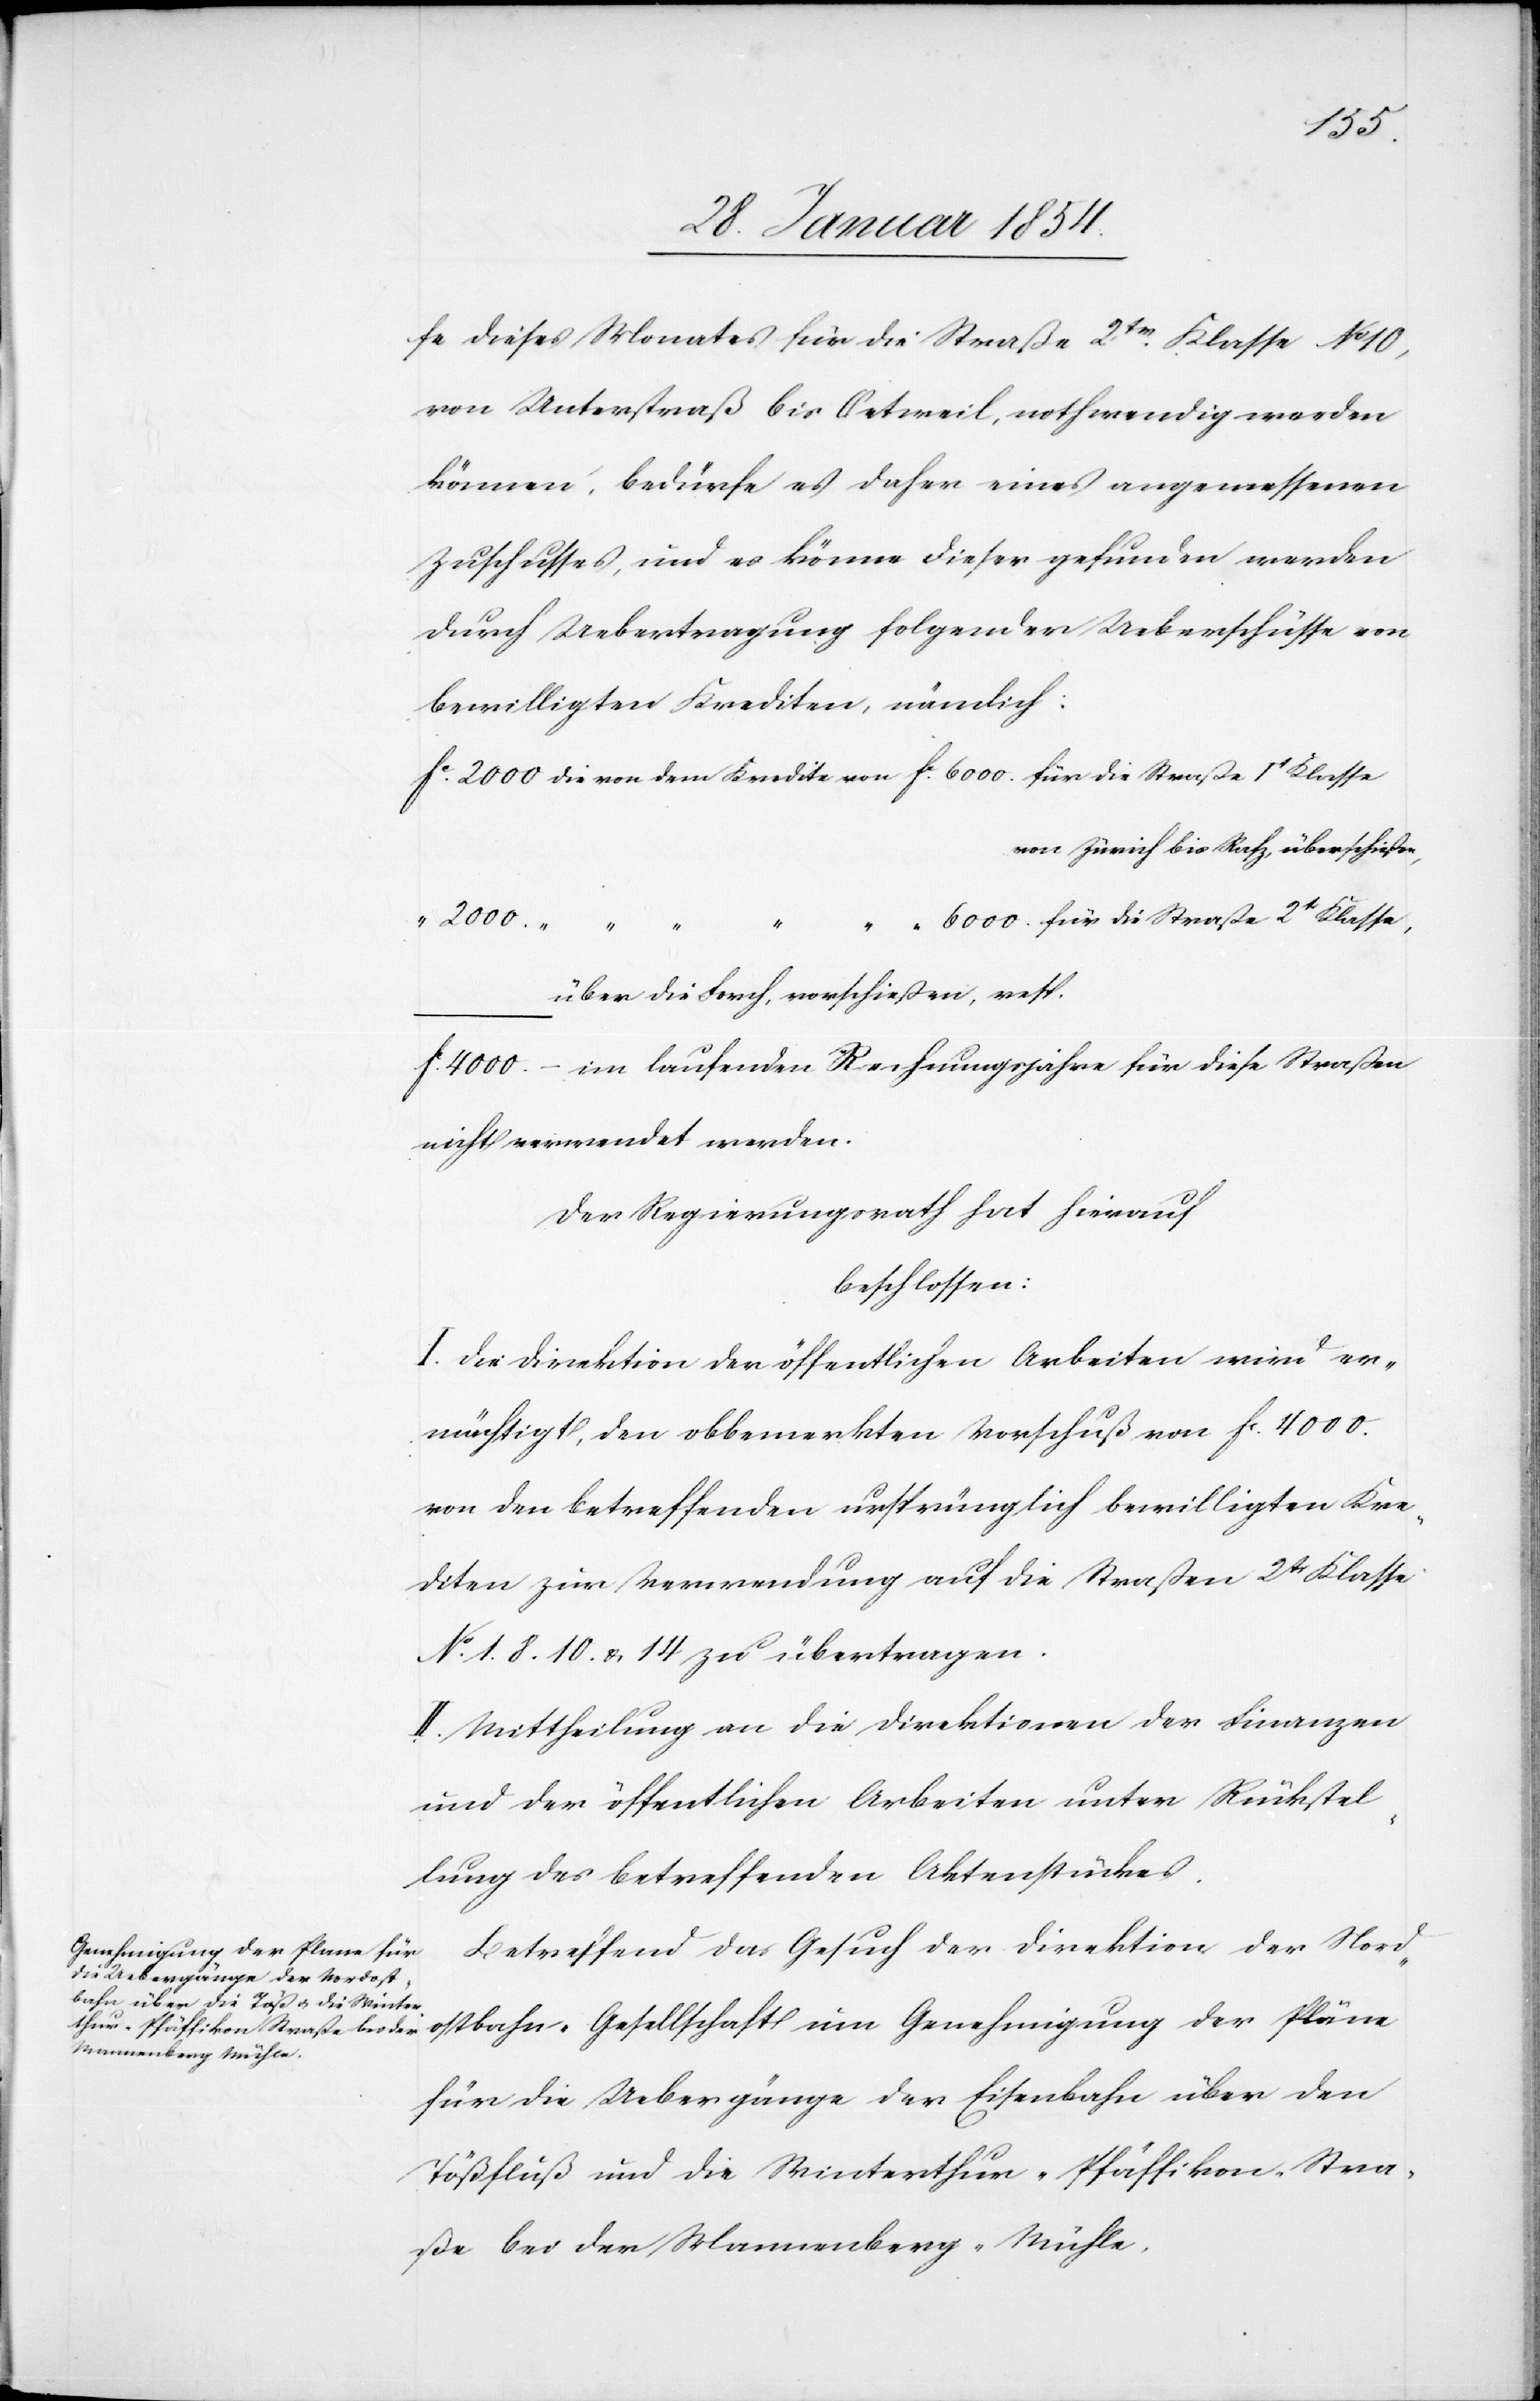
6000.
fe dieses Monates für die Straße 2tr Klasse No 10,
von Unterstraß bis Oetweil, nothwendig werden
könne, bedürfe es daher eines angemessenen
Zuschusses, und es könne dieser gefunden werden
durch Uebertragung folgender Ueberschüsse von
bewilligten Krediten, nämlich:
von Zürich bis Rafz, überschießen,
über die Forch, vorschießen, resp.
im laufenden Rechnungsjahre für diese Straßen
nicht verwendet werden.
Der Regierungsrath hat hierauf
beschlossen:
I. Die Direktion der öffentlichen Arbeiten wird er¬
mächtigt, den obbemerkten Vorschuß von Fc 4000.
von den betreffenden ursprünglich bewilligten Kre¬
diten zur Verwendung auf die Straßen 2tr Klasse
No 1. 8. 10 u. 14 zu übertragen.
II. Mittheilung an die Direktionen der Finanzen
und der öffentlichen Arbeiten unter Rückstel¬
lung des betreffenden Aktenstückes.
Betreffend das Gesuch der Direktion der Nord¬
ostbahn-Gesellschaft um Genehmigung der Pläne
für die Uebergänge der Eisenbahn über den
Tößfluß und die Winterthur-Pfäffikon-Stra¬
ße bei der Wannenberg-Mühle,